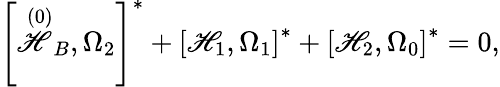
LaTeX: \left[\stackrel{\left(0\right)}{\mathscr{H}}_{B},\Omega_{2}\right]^{*}+\left[\mathscr{H}_{1},\Omega_{1}\right]^{*}+\left[\mathscr{H}_{2},\Omega_{0}\right]^{*}=0,